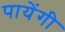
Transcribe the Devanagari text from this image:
पायेंगी